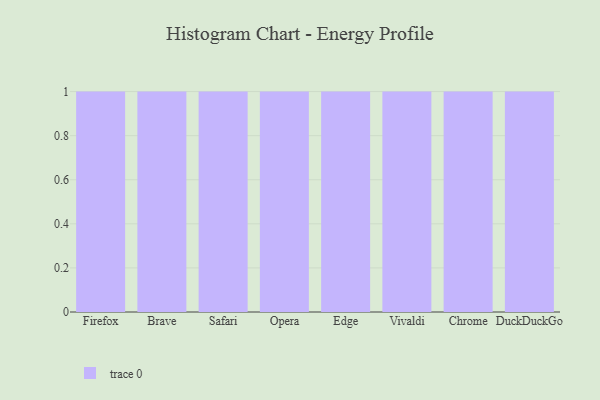
{"axis": {"x": "Browser", "y": "Operating Costs (USD K)"}, "legend": [""], "data": [{"x": "Firefox", "y": 36, "type": ""}, {"x": "Brave", "y": 40, "type": ""}, {"x": "Safari", "y": 39, "type": ""}, {"x": "Opera", "y": 66, "type": ""}, {"x": "Edge", "y": 36, "type": ""}, {"x": "Vivaldi", "y": 19, "type": ""}, {"x": "Chrome", "y": 44, "type": ""}, {"x": "DuckDuckGo", "y": 51, "type": ""}]}